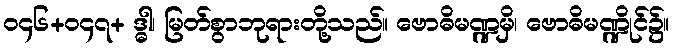
၀၄၆+၀၄၇+ ဒ္ဓါ၊ မြတ်စွာဘုရားတို့သည်။ ဗောဓိမဏ္ဍမှိ၊ ဗောဓိမဏ္ဍိုင်၌။